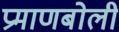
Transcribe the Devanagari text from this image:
प्रमाणबोली